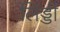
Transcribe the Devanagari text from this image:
लिड्डी